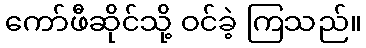
ကော်ဖီဆိုင်သို့ ဝင်ခဲ့ ကြသည်။